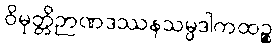
ဝိမုတ္တိဉာဏဒဿနသမ္ပဒါကထဉ္စ